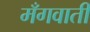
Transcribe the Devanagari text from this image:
मँगवाती